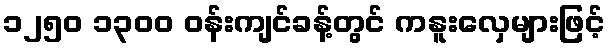
၁၂၅၀ ၁၃၀၀ ဝန်းကျင်ခန့်တွင် ကနူးလှေများဖြင့်